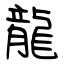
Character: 龍